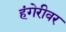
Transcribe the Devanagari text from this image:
हंगेरीवर